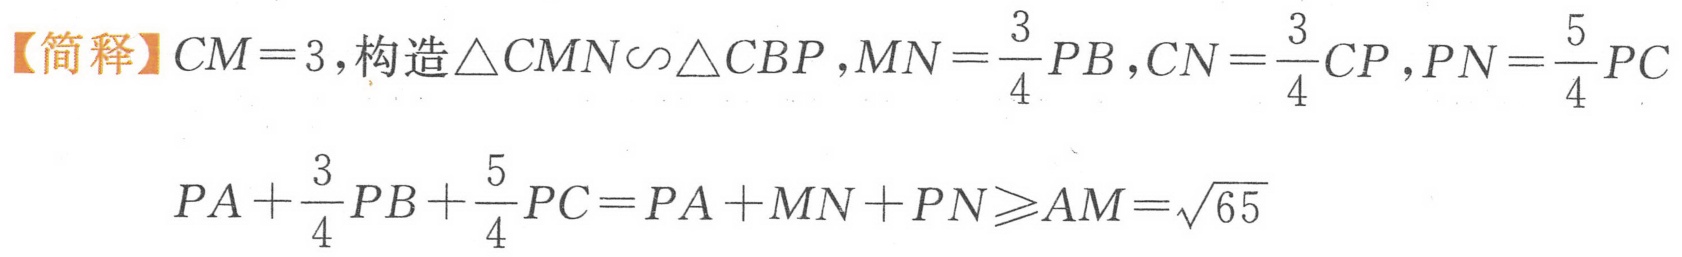
【简释】\(CM = 3\),构造\(\triangle CMN\sim\triangle CBP\),\(MN=\dfrac{3}{4}PB\),\(CN=\dfrac{3}{4}CP\),\(PN=\dfrac{5}{4}PC\)
\(PA+\dfrac{3}{4}PB+\dfrac{5}{4}PC = PA + MN + PN\geqslant AM=\sqrt{65}\)